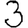
Digit: 3